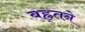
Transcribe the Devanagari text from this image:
बह्र्तने